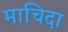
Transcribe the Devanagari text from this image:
माचिदा